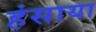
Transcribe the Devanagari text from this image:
हंसाया